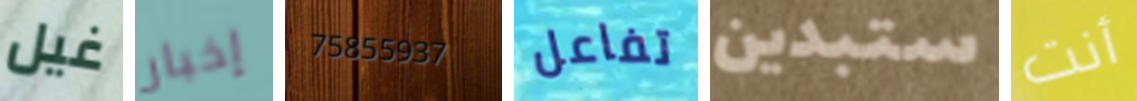
غيل إخبار 75855937 تفاعل ستبدين أنت